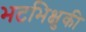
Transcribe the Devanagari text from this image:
भटभिक्षुकी